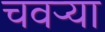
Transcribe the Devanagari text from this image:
चवऱ्या